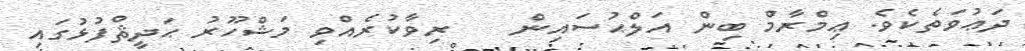
ދަޢުވަތެކެވެ. ޢިމްރާމް ބިން އަލްޙުސައިން    ރިވާކުރެއްވި މަޝްހޫރު ޙަދީޘްފުޅުގައި